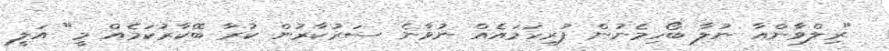
"ރިލްވާންއާ ނުލާ ބޯހިމެނުން ފުރިހަމައެއް ނުވާނެ ސަރުކާރުން ކުރާ ބޭކާރުކަމެއް މީ" އަލީ